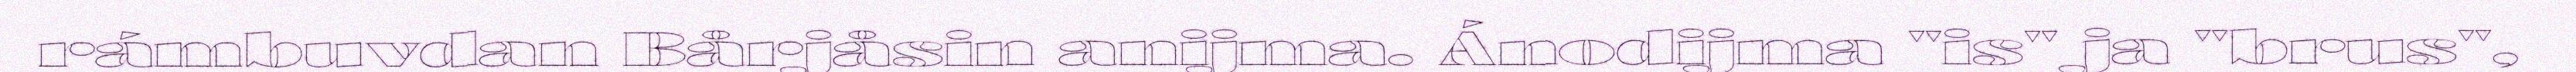
rámbuvdan Bårjåsin anijma. Ánodijma "is" ja "brus",